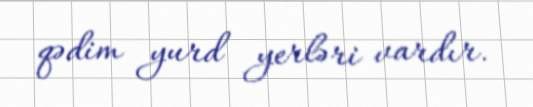
qədim yurd yerləri vardır.